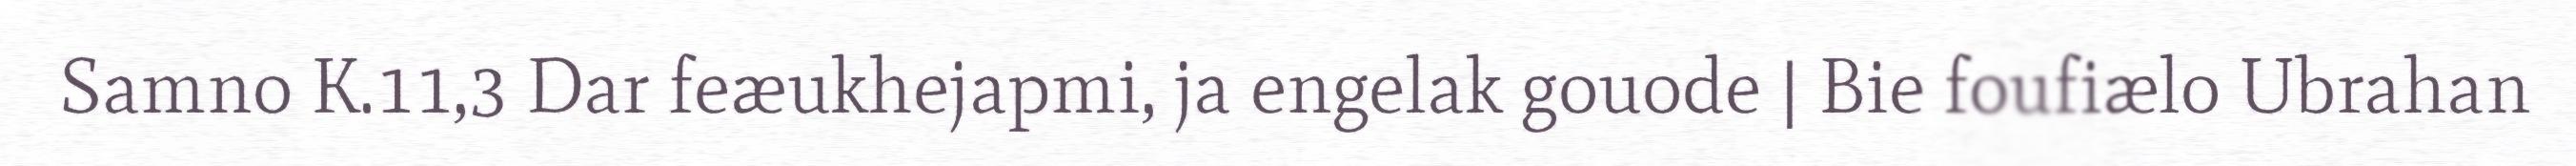
Samno K.11,3 Dar feæukhejapmi, ja engelak gouode | Bie foufiælo Ubrahan